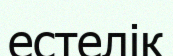
естелік